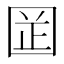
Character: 𡇬